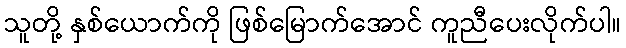
သူတို့ နှစ်ယောက်ကို ဖြစ်မြောက်အောင် ကူညီပေးလိုက်ပါ။